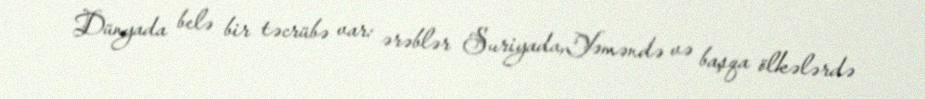
Dünyada belə bir təcrübə var: ərəblər Suriyada,Yəməndə və başqa ölkələrdə